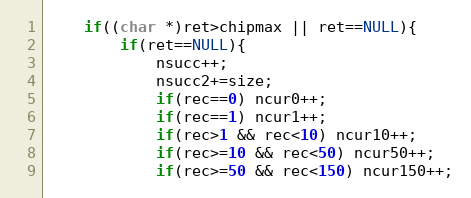
Language: C
	if((char *)ret>chipmax || ret==NULL){
		if(ret==NULL){
			nsucc++;
			nsucc2+=size;
			if(rec==0) ncur0++;
			if(rec==1) ncur1++;
			if(rec>1 && rec<10) ncur10++;
			if(rec>=10 && rec<50) ncur50++;
			if(rec>=50 && rec<150) ncur150++;